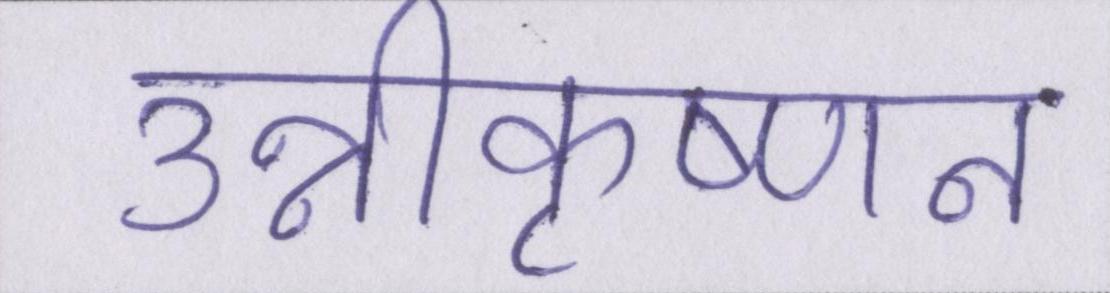
उन्नीकृष्णन